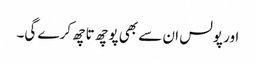
اور پولس ان سے بھی پوچھ تاچھ کرے گی۔